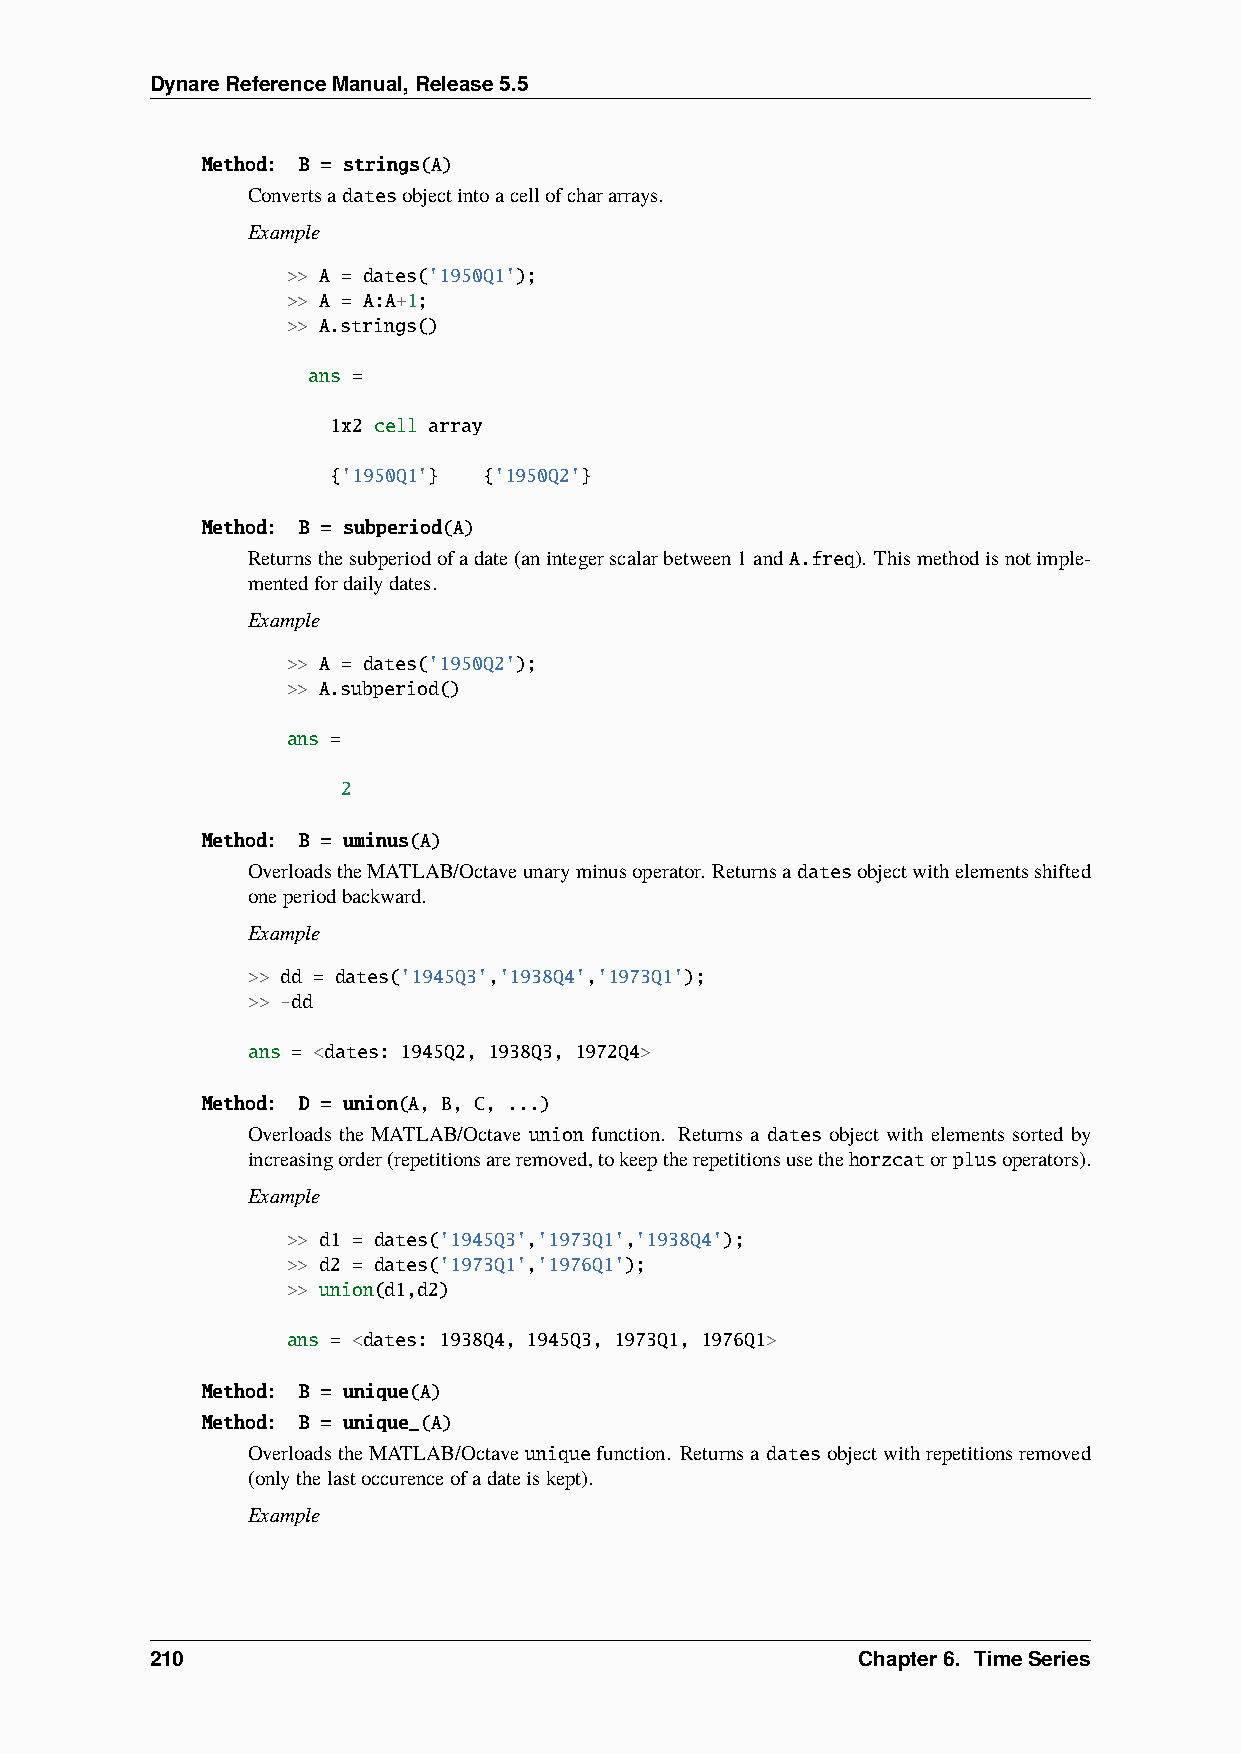
DynareReferenceManual,Release5.5
 Method: B = strings(A)
 Convertsadatesobjectintoacellofchararrays.
 Example
 >> A = dates('1950Q1');
 >> A = A:A+1;
 >> A.strings()
 ans =
 1x2 cell array
 {'1950Q1'} {'1950Q2'}
 Method: B = subperiod(A)
 Returnsthesubperiodofadate(anintegerscalarbetween1andA.freq). Thismethodisnotimple-
 mentedfordailydates.
 Example
 >> A = dates('1950Q2');
 >> A.subperiod()
 ans =
 2
 Method: B = uminus(A)
 OverloadstheMATLAB/Octaveunaryminusoperator. Returnsadatesobjectwithelementsshifted
 oneperiodbackward.
 Example
 >> dd = dates('1945Q3','1938Q4','1973Q1');
 >> -dd
 ans = <dates: 1945Q2, 1938Q3, 1972Q4>
 Method: D = union(A, B, C, ...)
 Overloads the MATLAB/Octave union function. Returns a dates object with elements sorted by
 increasingorder(repetitionsareremoved,tokeeptherepetitionsusethehorzcatorplusoperators).
 Example
 >> d1 = dates('1945Q3','1973Q1','1938Q4');
 >> d2 = dates('1973Q1','1976Q1');
 >> union(d1,d2)
 ans = <dates: 1938Q4, 1945Q3, 1973Q1, 1976Q1>
 Method: B = unique(A)
 Method: B = unique_(A)
 OverloadstheMATLAB/Octaveuniquefunction. Returnsa datesobjectwithrepetitionsremoved
 (onlythelastoccurenceofadateiskept).
 Example
 210                                            Chapter6. TimeSeries